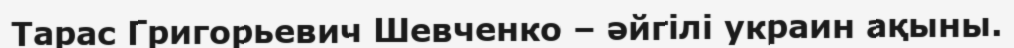
Тарас Григорьевич Шевченко – әйгілі украин ақыны.